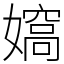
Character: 𡢠